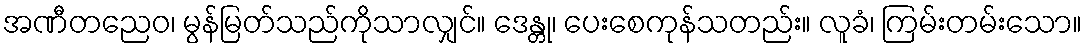
အဏီတညေဝ၊ မွန်မြတ်သည်ကိုသာလျှင်။ ဒေန္တု၊ ပေးစေကုန်သတည်း။ လူခံ၊ ကြမ်းတမ်းသော။